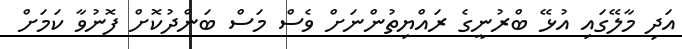
އަދި މާލޭގައި އުޅޭ ބްރުނީގެ ރައްޔިތުންނަށް ވެސް މަސް ބަންދުކޮށް ފޮނުވާ ކަމަށް